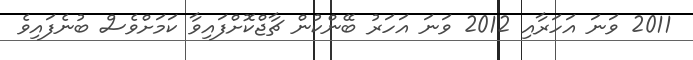
2011 ވަނަ އަހަރާއި 2012 ވަނަ އަހަރު ބޭންކުން ޗާޖްކޮށްފައިވާ ކަމަށްވެސް ބުނެފައިވެ